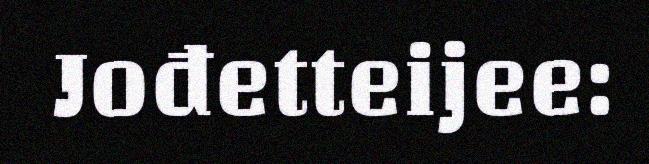
Jođetteijee: